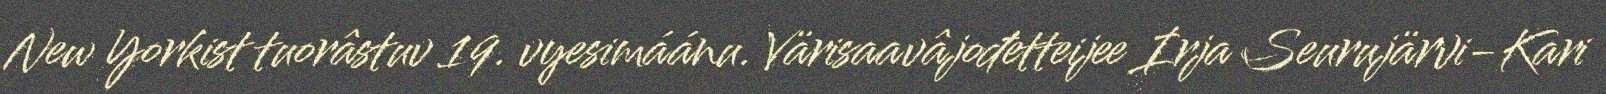
New Yorkist tuorâstuv 19. vyesimáánu. Värisaavâjođetteijee Irja Seurujärvi-Kari